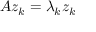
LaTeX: A z _ { k } = \lambda _ { k } z _ { k }